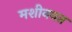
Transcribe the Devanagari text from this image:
मशीनवत